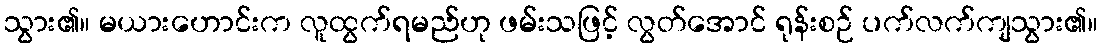
သွား၏။ မယားဟောင်းက လူထွက်ရမည်ဟု ဖမ်းသဖြင့် လွတ်အောင် ရုန်းစဉ် ပက်လက်ကျသွား၏။